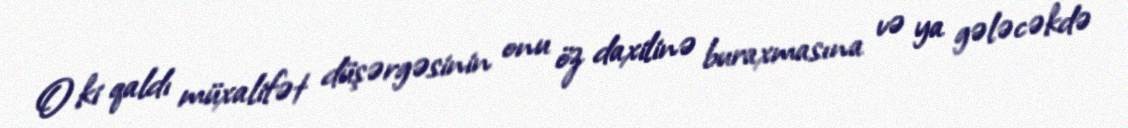
O ki qaldı müxalifət düşərgəsinin onu öz daxilinə buraxmasına və ya gələcəkdə